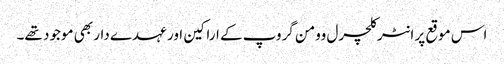
اس موقع پر انٹر کلچرل وومن گروپ کے اراکین اور عہدے دار بھی موجود تھے۔